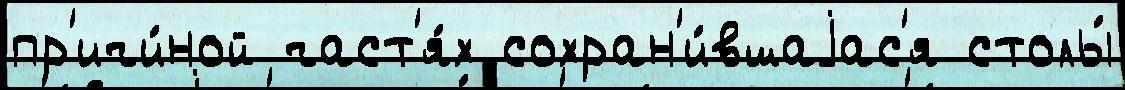
пр'ичи́ной част'я́х сохран'и́вшаjас'я столы́